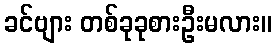
ခင်ဗျား တစ်ခုခုစားဦးမလား။